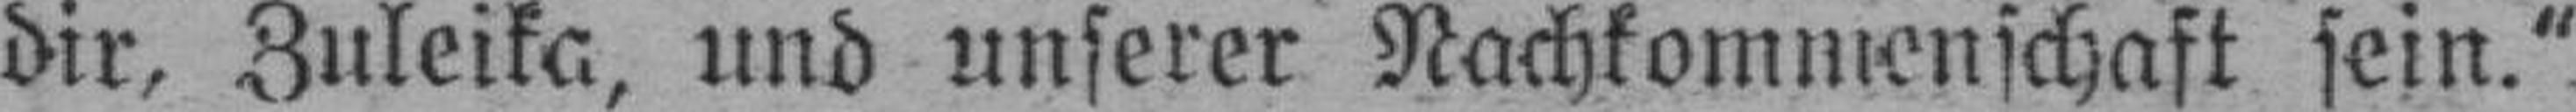
dir, Zuleika, und unserer Nachkommenschaft sein.“